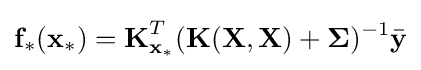
{\textbf {f}}_{*}({\textbf {x}}_{*})={\textbf {K}}_{{\textbf {x}}_{*}}^{T}({\textbf {K}}({\textbf {X}},{\textbf {X}})+{\boldsymbol {\Sigma }})^{-1}{\bar {\textbf {y}}}